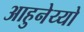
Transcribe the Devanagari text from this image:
आहुनेय्यो